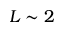
L \sim 2